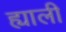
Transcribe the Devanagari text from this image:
ह्याली